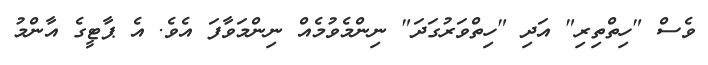
ވެސް "ހިތްތިރި" އަދި "ހިތްވަރުގަދަ" ނިންމެވުމެއް ނިންމަވާފަ އެވެ. އެ ޕާޓީގެ އާންމު